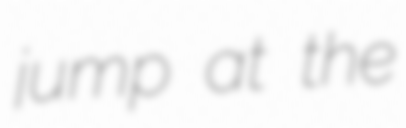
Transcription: jump at the